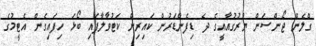
ގްލެން ޖޯންސަން ޔުރުގުއާއީގެ ދެ ޑިފެންޑަރުން ކައިރިން ކަޓުވާލާފައި ބޯޅަ ހިފައިގެން އެޓީމުގެ